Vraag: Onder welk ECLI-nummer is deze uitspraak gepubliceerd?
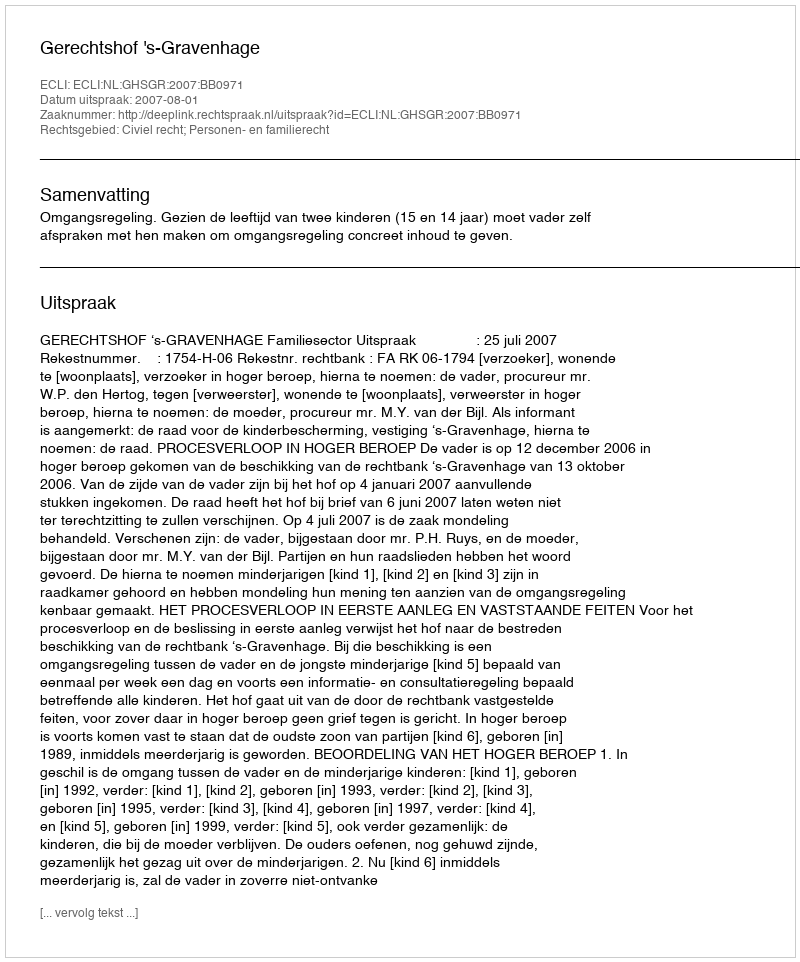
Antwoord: ECLI:NL:GHSGR:2007:BB0971